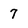
Character: 7